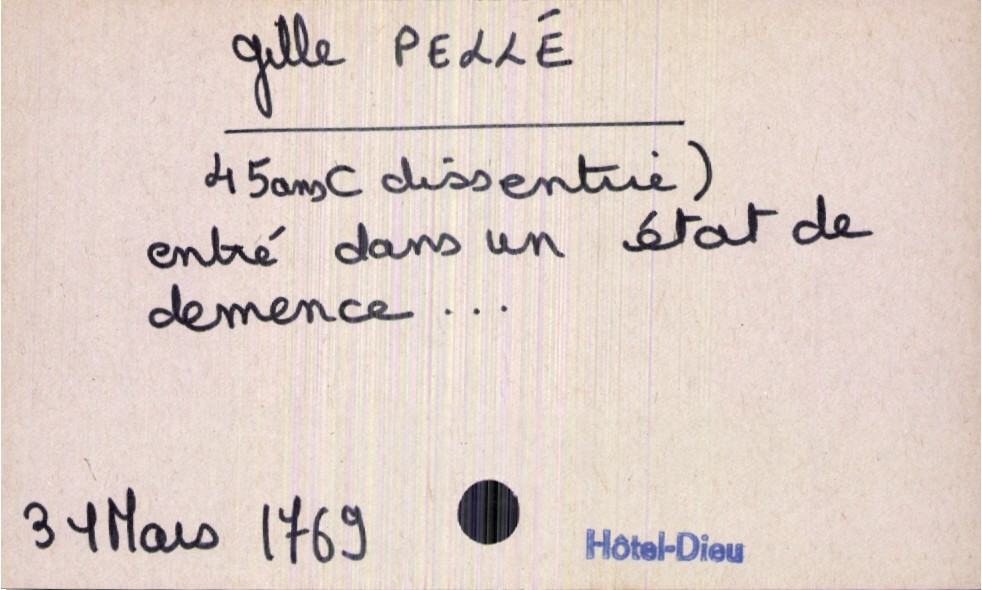
type_acte: Décès
année: 1769
mois: mars
jour: 31
observations: (dissentrie) entré dans un état de démence
défunt_nom: Pellé
défunt_prénom: Gille
défunt_âge: 45 ans